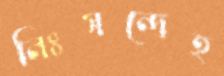
নিঃসন্দেহ